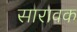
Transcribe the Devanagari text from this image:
सारावक